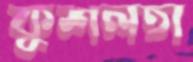
কুশলতা